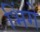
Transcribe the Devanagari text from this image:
भिंगे